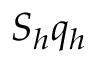
S _ { h } q _ { h }